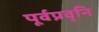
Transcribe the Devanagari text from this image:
पूर्वप्रवृनि